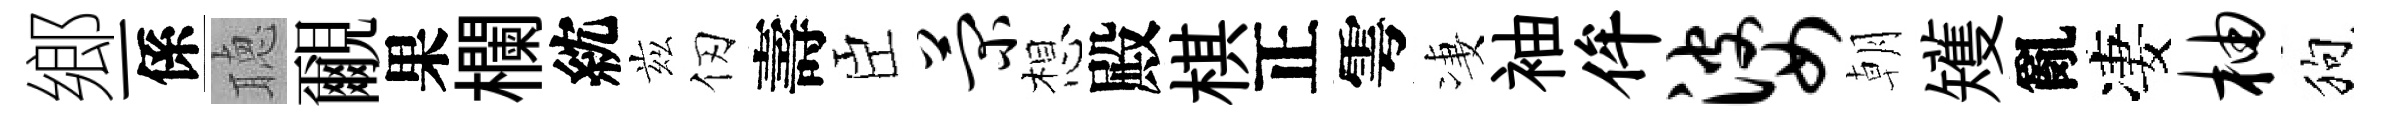
鄉一係聴覼果欄紞兹仞壽臣菊想殿棋正雩凄袖侔婆朝矱亂凄柚狗